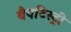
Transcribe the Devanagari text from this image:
बैपटिस्ट्री